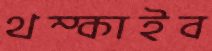
থম্‌কাইব